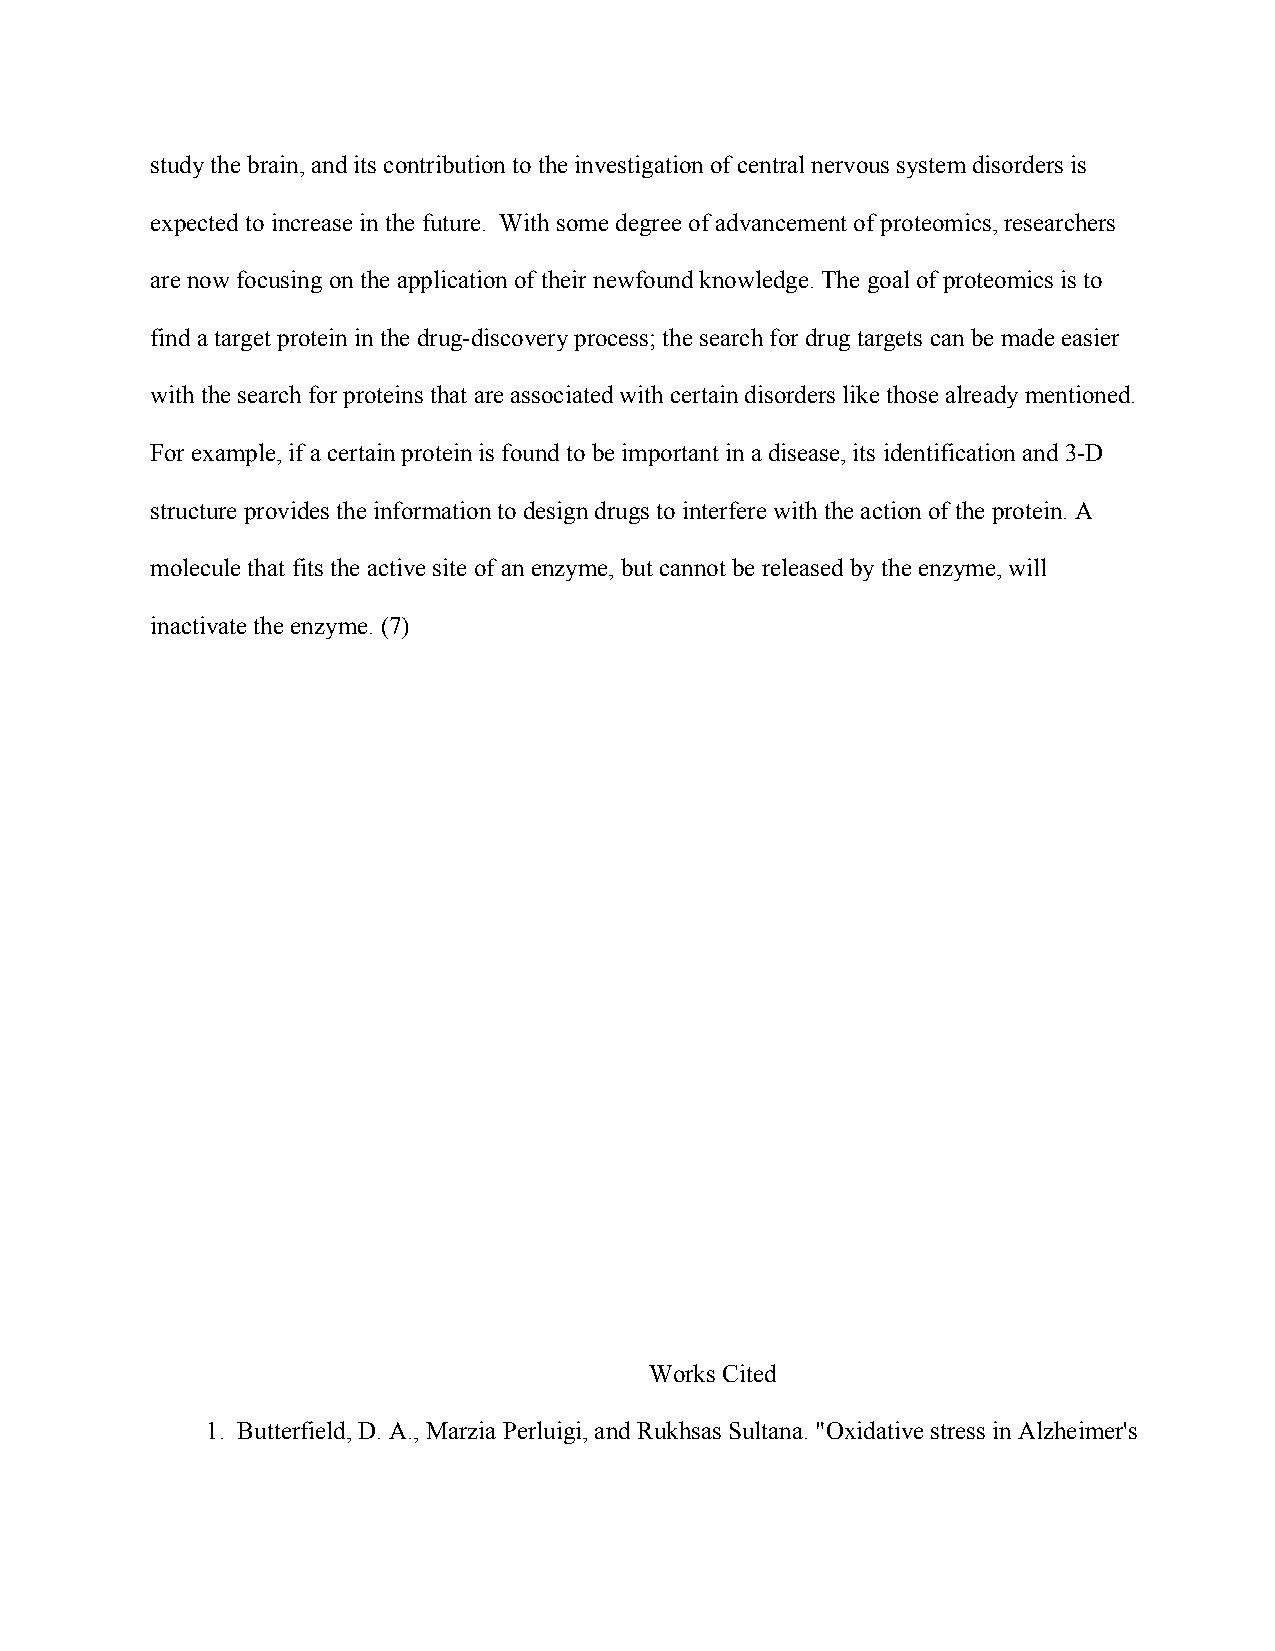
study the brain, and its contribution to the investigation of central nervous system disorders is
 expected to increase in the future. With some degree of advancement of proteomics, researchers
 are now focusing on the application of their newfound knowledge. The goal of proteomics is to
 find a target protein in the drug-discovery process; the search for drug targets can be made easier
 with the search for proteins that are associated with certain disorders like those already mentioned.
 For example, if a certain protein is found to be important in a disease, its identification and 3-D
 structure provides the information to design drugs to interfere with the action of the protein. A
 molecule that fits the active site of an enzyme, but cannot be released by the enzyme, will
 inactivate the enzyme. (7)
 Works Cited
 1. Butterfield, D. A., Marzia Perluigi, and Rukhsas Sultana. "Oxidative stress in Alzheimer's